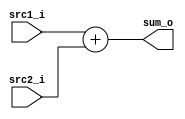
/***************************************************
Student Name:_
Student ID: group10_0711099_0810749
***************************************************/

`timescale 1ns/1ps

module Adder(
    input  [32-1:0] src1_i,
	input  [32-1:0] src2_i,
	output [32-1:0] sum_o
	);
    
/* Write your code HERE */
reg[31:0] result;
assign sum_o = result;

always @(*) begin
	result = src1_i + src2_i;
end

endmodule